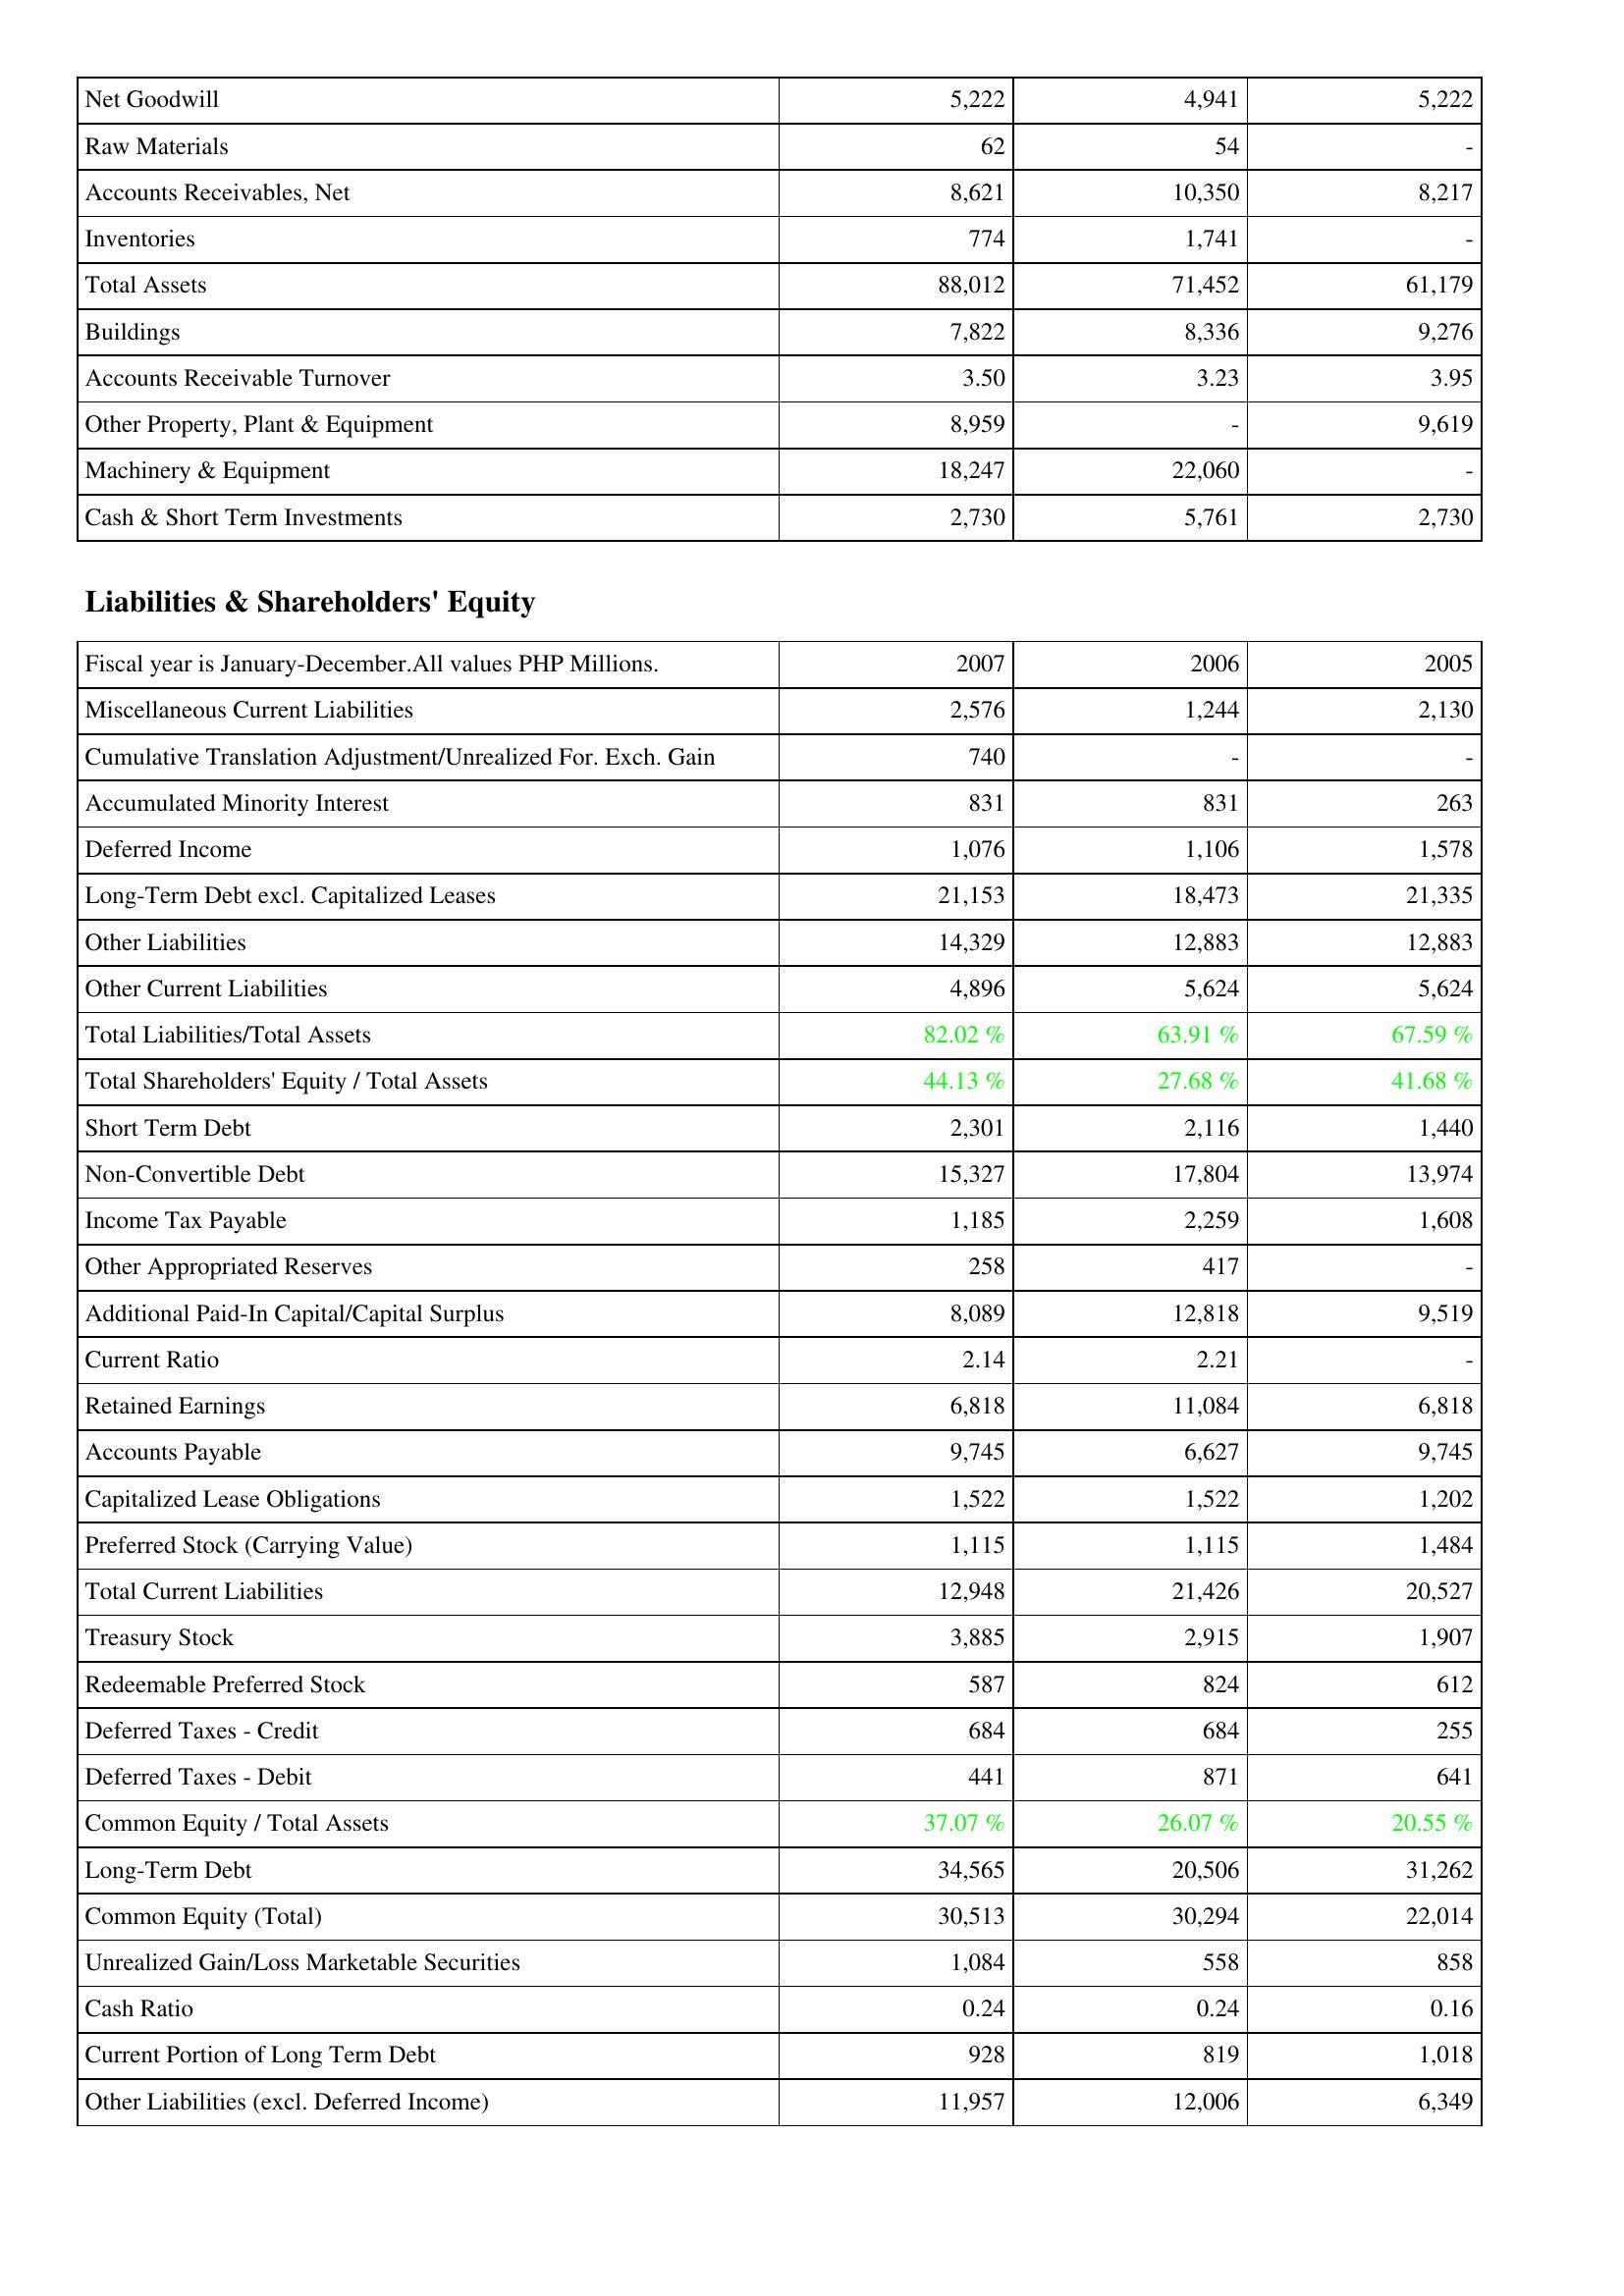
2007: Assets: Net Goodwill: 5,222
Raw Materials: 62
Accounts Receivables, Net: 8,621
Inventories: 774
Total Assets: 88,012
Buildings: 7,822
Accounts Receivable Turnover: 3.50
Other Property, Plant & Equipment: 8,959
Machinery & Equipment: 18,247
Cash & Short Term Investments: 2,730
Liabilities & Shareholders' Equity: Miscellaneous Current Liabilities: 2,576
Cumulative Translation Adjustment/Unrealized For. Exch. Gain: 740
Accumulated Minority Interest: 831
Deferred Income: 1,076
Long-Term Debt excl. Capitalized Leases: 21,153
Other Liabilities: 14,329
Other Current Liabilities: 4,896
Total Liabilities/Total Assets: 82.02 %
Total Shareholders' Equity / Total Assets: 44.13 %
Short Term Debt: 2,301
Non-Convertible Debt: 15,327
Income Tax Payable: 1,185
Other Appropriated Reserves: 258
Additional Paid-In Capital/Capital Surplus: 8,089
Current Ratio: 2.14
Retained Earnings: 6,818
Accounts Payable: 9,745
Capitalized Lease Obligations: 1,522
Preferred Stock (Carrying Value): 1,115
Total Current Liabilities: 12,948
Treasury Stock: 3,885
Redeemable Preferred Stock: 587
Deferred Taxes - Credit: 684
Deferred Taxes - Debit: 441
Common Equity / Total Assets: 37.07 %
Long-Term Debt: 34,565
Common Equity (Total): 30,513
Unrealized Gain/Loss Marketable Securities: 1,084
Cash Ratio: 0.24
Current Portion of Long Term Debt: 928
Other Liabilities (excl. Deferred Income): 11,957
2006: Assets: Net Goodwill: 4,941
Raw Materials: 54
Accounts Receivables, Net: 10,350
Inventories: 1,741
Total Assets: 71,452
Buildings: 8,336
Accounts Receivable Turnover: 3.23
Other Property, Plant & Equipment: -
Machinery & Equipment: 22,060
Cash & Short Term Investments: 5,761
Liabilities & Shareholders' Equity: Miscellaneous Current Liabilities: 1,244
Cumulative Translation Adjustment/Unrealized For. Exch. Gain: -
Accumulated Minority Interest: 831
Deferred Income: 1,106
Long-Term Debt excl. Capitalized Leases: 18,473
Other Liabilities: 12,883
Other Current Liabilities: 5,624
Total Liabilities/Total Assets: 63.91 %
Total Shareholders' Equity / Total Assets: 27.68 %
Short Term Debt: 2,116
Non-Convertible Debt: 17,804
Income Tax Payable: 2,259
Other Appropriated Reserves: 417
Additional Paid-In Capital/Capital Surplus: 12,818
Current Ratio: 2.21
Retained Earnings: 11,084
Accounts Payable: 6,627
Capitalized Lease Obligations: 1,522
Preferred Stock (Carrying Value): 1,115
Total Current Liabilities: 21,426
Treasury Stock: 2,915
Redeemable Preferred Stock: 824
Deferred Taxes - Credit: 684
Deferred Taxes - Debit: 871
Common Equity / Total Assets: 26.07 %
Long-Term Debt: 20,506
Common Equity (Total): 30,294
Unrealized Gain/Loss Marketable Securities: 558
Cash Ratio: 0.24
Current Portion of Long Term Debt: 819
Other Liabilities (excl. Deferred Income): 12,006
2005: Assets: Net Goodwill: 5,222
Raw Materials: -
Accounts Receivables, Net: 8,217
Inventories: -
Total Assets: 61,179
Buildings: 9,276
Accounts Receivable Turnover: 3.95
Other Property, Plant & Equipment: 9,619
Machinery & Equipment: -
Cash & Short Term Investments: 2,730
Liabilities & Shareholders' Equity: Miscellaneous Current Liabilities: 2,130
Cumulative Translation Adjustment/Unrealized For. Exch. Gain: -
Accumulated Minority Interest: 263
Deferred Income: 1,578
Long-Term Debt excl. Capitalized Leases: 21,335
Other Liabilities: 12,883
Other Current Liabilities: 5,624
Total Liabilities/Total Assets: 67.59 %
Total Shareholders' Equity / Total Assets: 41.68 %
Short Term Debt: 1,440
Non-Convertible Debt: 13,974
Income Tax Payable: 1,608
Other Appropriated Reserves: -
Additional Paid-In Capital/Capital Surplus: 9,519
Current Ratio: -
Retained Earnings: 6,818
Accounts Payable: 9,745
Capitalized Lease Obligations: 1,202
Preferred Stock (Carrying Value): 1,484
Total Current Liabilities: 20,527
Treasury Stock: 1,907
Redeemable Preferred Stock: 612
Deferred Taxes - Credit: 255
Deferred Taxes - Debit: 641
Common Equity / Total Assets: 20.55 %
Long-Term Debt: 31,262
Common Equity (Total): 22,014
Unrealized Gain/Loss Marketable Securities: 858
Cash Ratio: 0.16
Current Portion of Long Term Debt: 1,018
Other Liabilities (excl. Deferred Income): 6,349